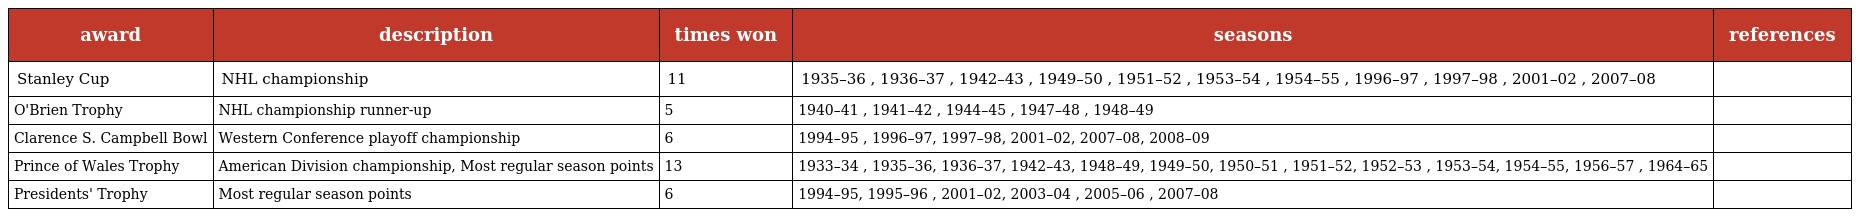
| award | description | times won | seasons | references |
 | --- | --- | --- | --- | --- |
 | Stanley Cup | NHL championship | 11 | 1935–36 , 1936–37 , 1942–43 , 1949–50 , 1951–52 , 1953–54 , 1954–55 , 1996–97 , 1997–98 , 2001–02 , 2007–08 |  |
 | O'Brien Trophy | NHL championship runner-up | 5 | 1940–41 , 1941–42 , 1944–45 , 1947–48 , 1948–49 |  |
 | Clarence S. Campbell Bowl | Western Conference playoff championship | 6 | 1994–95 , 1996–97, 1997–98, 2001–02, 2007–08, 2008–09 |  |
 | Prince of Wales Trophy | American Division championship, Most regular season points | 13 | 1933–34 , 1935–36, 1936–37, 1942–43, 1948–49, 1949–50, 1950–51 , 1951–52, 1952–53 , 1953–54, 1954–55, 1956–57 , 1964–65 |  |
 | Presidents' Trophy | Most regular season points | 6 | 1994–95, 1995–96 , 2001–02, 2003–04 , 2005–06 , 2007–08 |  |